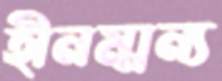
হীনম্মন্য